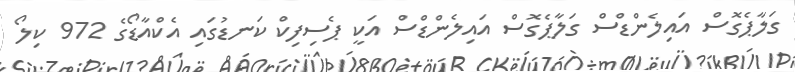
ގަލާޕެގޮސް އައިލެންޑްސް ގަލާޕެގޮސް އައިލެންޑްސް އަކީ ޕެސިފިކް ކަނޑުގައި އެކްއާޑޯގެ 972 ކިލޯ